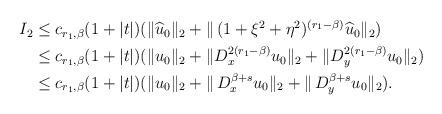
LaTeX: \begin{align*} \begin{aligned} I_2 &\leq c_{r_1,\beta}(1+|t|)(\| \widehat u_0\|_2 + \|\,(1 + \xi^2 + \eta^2)^{(r_1-\beta)} \widehat u_0\|_2)\\ & \leq c_{r_1,\beta}(1+|t|)(\| u_0\|_2+\| D_x^{2(r_1-\beta)}u_0\|_2 + \| D_y^{2(r_1-\beta)}u_0\|_2)\\& \leq c_{r_1,\beta}(1+|t|)(\|u_0\|_2 + \|\,D_x^{\beta+s}u_0\|_2 + \|\,D_y^{\beta+s}u_0\|_2). \end{aligned} \end{align*}